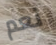
نعم